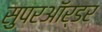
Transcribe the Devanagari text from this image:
सुपरऑर्डर